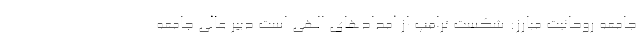
جامعه روحانیت مبارز: شکست ترامپ از امدادهای الهی است دبیر عالی جامعه